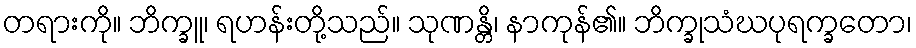
တရားကို။ ဘိက္ခူ၊ ရဟန်းတို့သည်။ သုဏန္တိ၊ နာကုန်၏။ ဘိက္ခုသံဃပုရက္ခတော၊